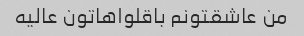
من عاشقتونم باقلواهاتون عالیه